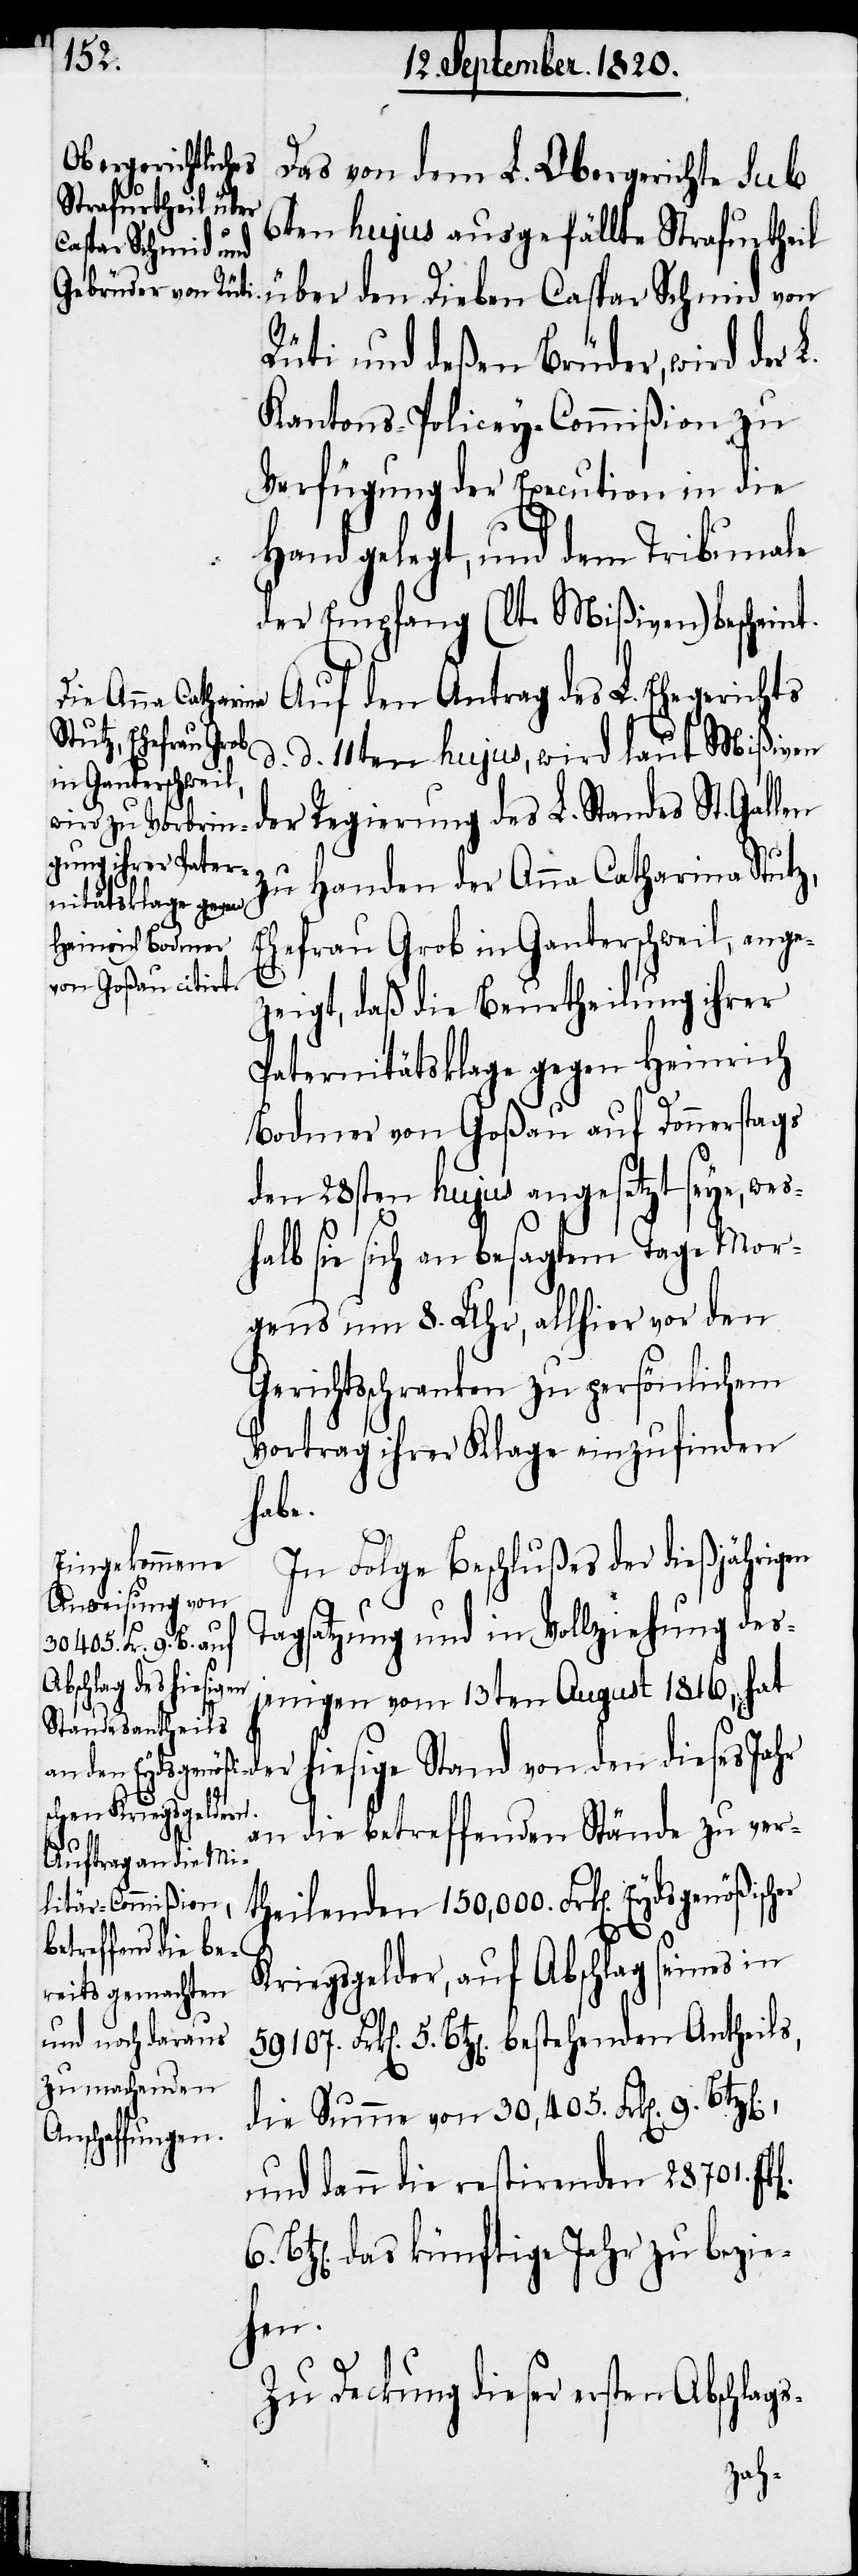
Das von dem L. Obergerichte sub
6ten hujus ausgefällte Strafurtheil
über den Dieben Caspar Schmid von
Rüti und deßen Brüder, wird der
Kantons-Policey-Commißion zu
Verfügung der Execution in die
s-
Hand gelegt, und dem Tribunale
der Empfang (lt. Mißiven) bescheint.
Auf den Antrag des L. Ehegerichts
d. d. 11ten hujus, wird laut Mißiven
der Regierung des L. Standes St. Gal¬
zu Handen der Anna Catharina Stutz,
Ehefrau Grob in Ganterschweil, ange¬
zeigt, daß die Beurtheilung ihrer
Paternitätsklage gegen Heinrich
Bodmer von Goßau auf Donnerstags
den 28sten hujus angesetzt seye, wes¬
halb sie sich an besagtem Tage Mor¬
gens um 8. Uhr, allhier vor den
Gerichtsschranken zu persönlichem
Vortrag ihrer Klage einzufinden
habe.
In Folge Beschlußes der dießjährigen
Tagsatzung und in Vollziehung des¬
jenigen vom 13ten August 1816, hat
der hiesige Stand von den dieses Jahr
an die betreffenden Stände zu ver¬
theilenden 150,000 Frk[en]. Eydsgenößi¬
Kriegsgelder, auf Abschlag seines in
5. Btz[en]. bestehenden Antheils,
die Summe von 30,405 Frk[en]. 9. Btz[e¬
und dann die restirenden 28701.
das künftige Jahr zu bezie¬
hen.
Zu Deckung dieser ersten Abschlag¬
scher